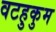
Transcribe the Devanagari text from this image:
वटहुकुम